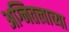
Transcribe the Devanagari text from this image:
अग्नितत्त्वाच्या